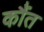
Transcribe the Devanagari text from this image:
कौंत